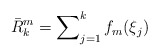
\begin{align*}\bar{R}_{k}^{m}=\sum\nolimits_{j=1}^{k}f_{m}(\xi_{j}) \end{align*}